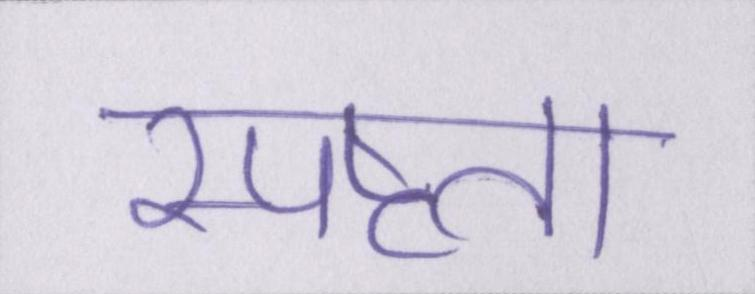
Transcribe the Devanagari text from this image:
स्पष्टता